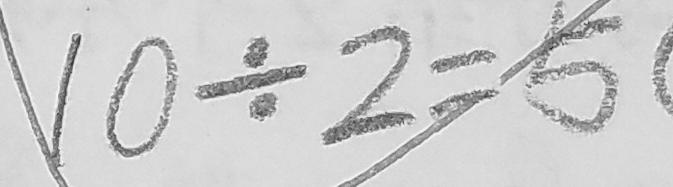
1 0 \div 2 = 5